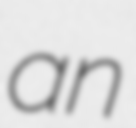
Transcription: an